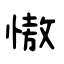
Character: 慠